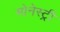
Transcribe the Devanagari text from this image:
मोनेस्‍ट्री